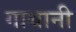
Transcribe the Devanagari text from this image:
गाथानी